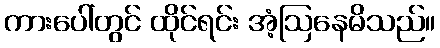
ကားပေါ်တွင် ထိုင်ရင်း အံ့ဩနေမိသည်။